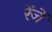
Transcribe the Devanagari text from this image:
रेंजें